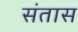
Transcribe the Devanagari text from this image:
संतास